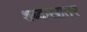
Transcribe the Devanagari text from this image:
शब्दाखातर